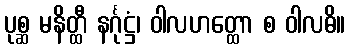
ပုစ္ဆ မနိတ္ထီ နင်္ဂုဋ္ဌံ၊ ဝါလဟတ္ထော စ ဝါလဓိ။